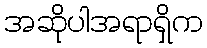
အဆိုပါအရာရှိက